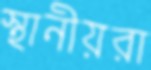
স্থানীয়রা